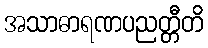
အသာဓာရဏပညတ္တီတိ